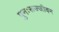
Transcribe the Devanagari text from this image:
पुनःरूज्जीवन